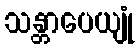
သန္တာပေယျုံ